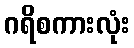
ဂရိစကားလုံး